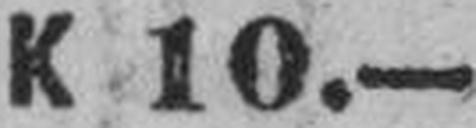
K 10.—